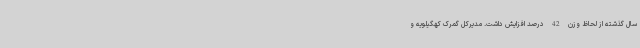
سال گذشته از لحاظ وزن 42 درصد افزایش داشت. مدیرکل گمرک کهگیلویه و